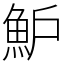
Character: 魲